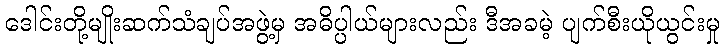
ဒေါင်းတို့မျိုးဆက်သံချပ်အဖွဲ့မှ အဓိပ္ပါယ်များလည်း ဒီအခမဲ့ ပျက်စီးယိုယွင်းမှု